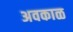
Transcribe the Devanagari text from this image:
अवकाळ